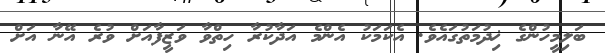
ބަލިމީހުންގެ ޚިދުމަތުގައެވެ. އެކަމަކު އެންމެ އަދާކުރާ ހިތްވާ ވަޒީފާއަށް ވުރެ އޭނާ އަށް